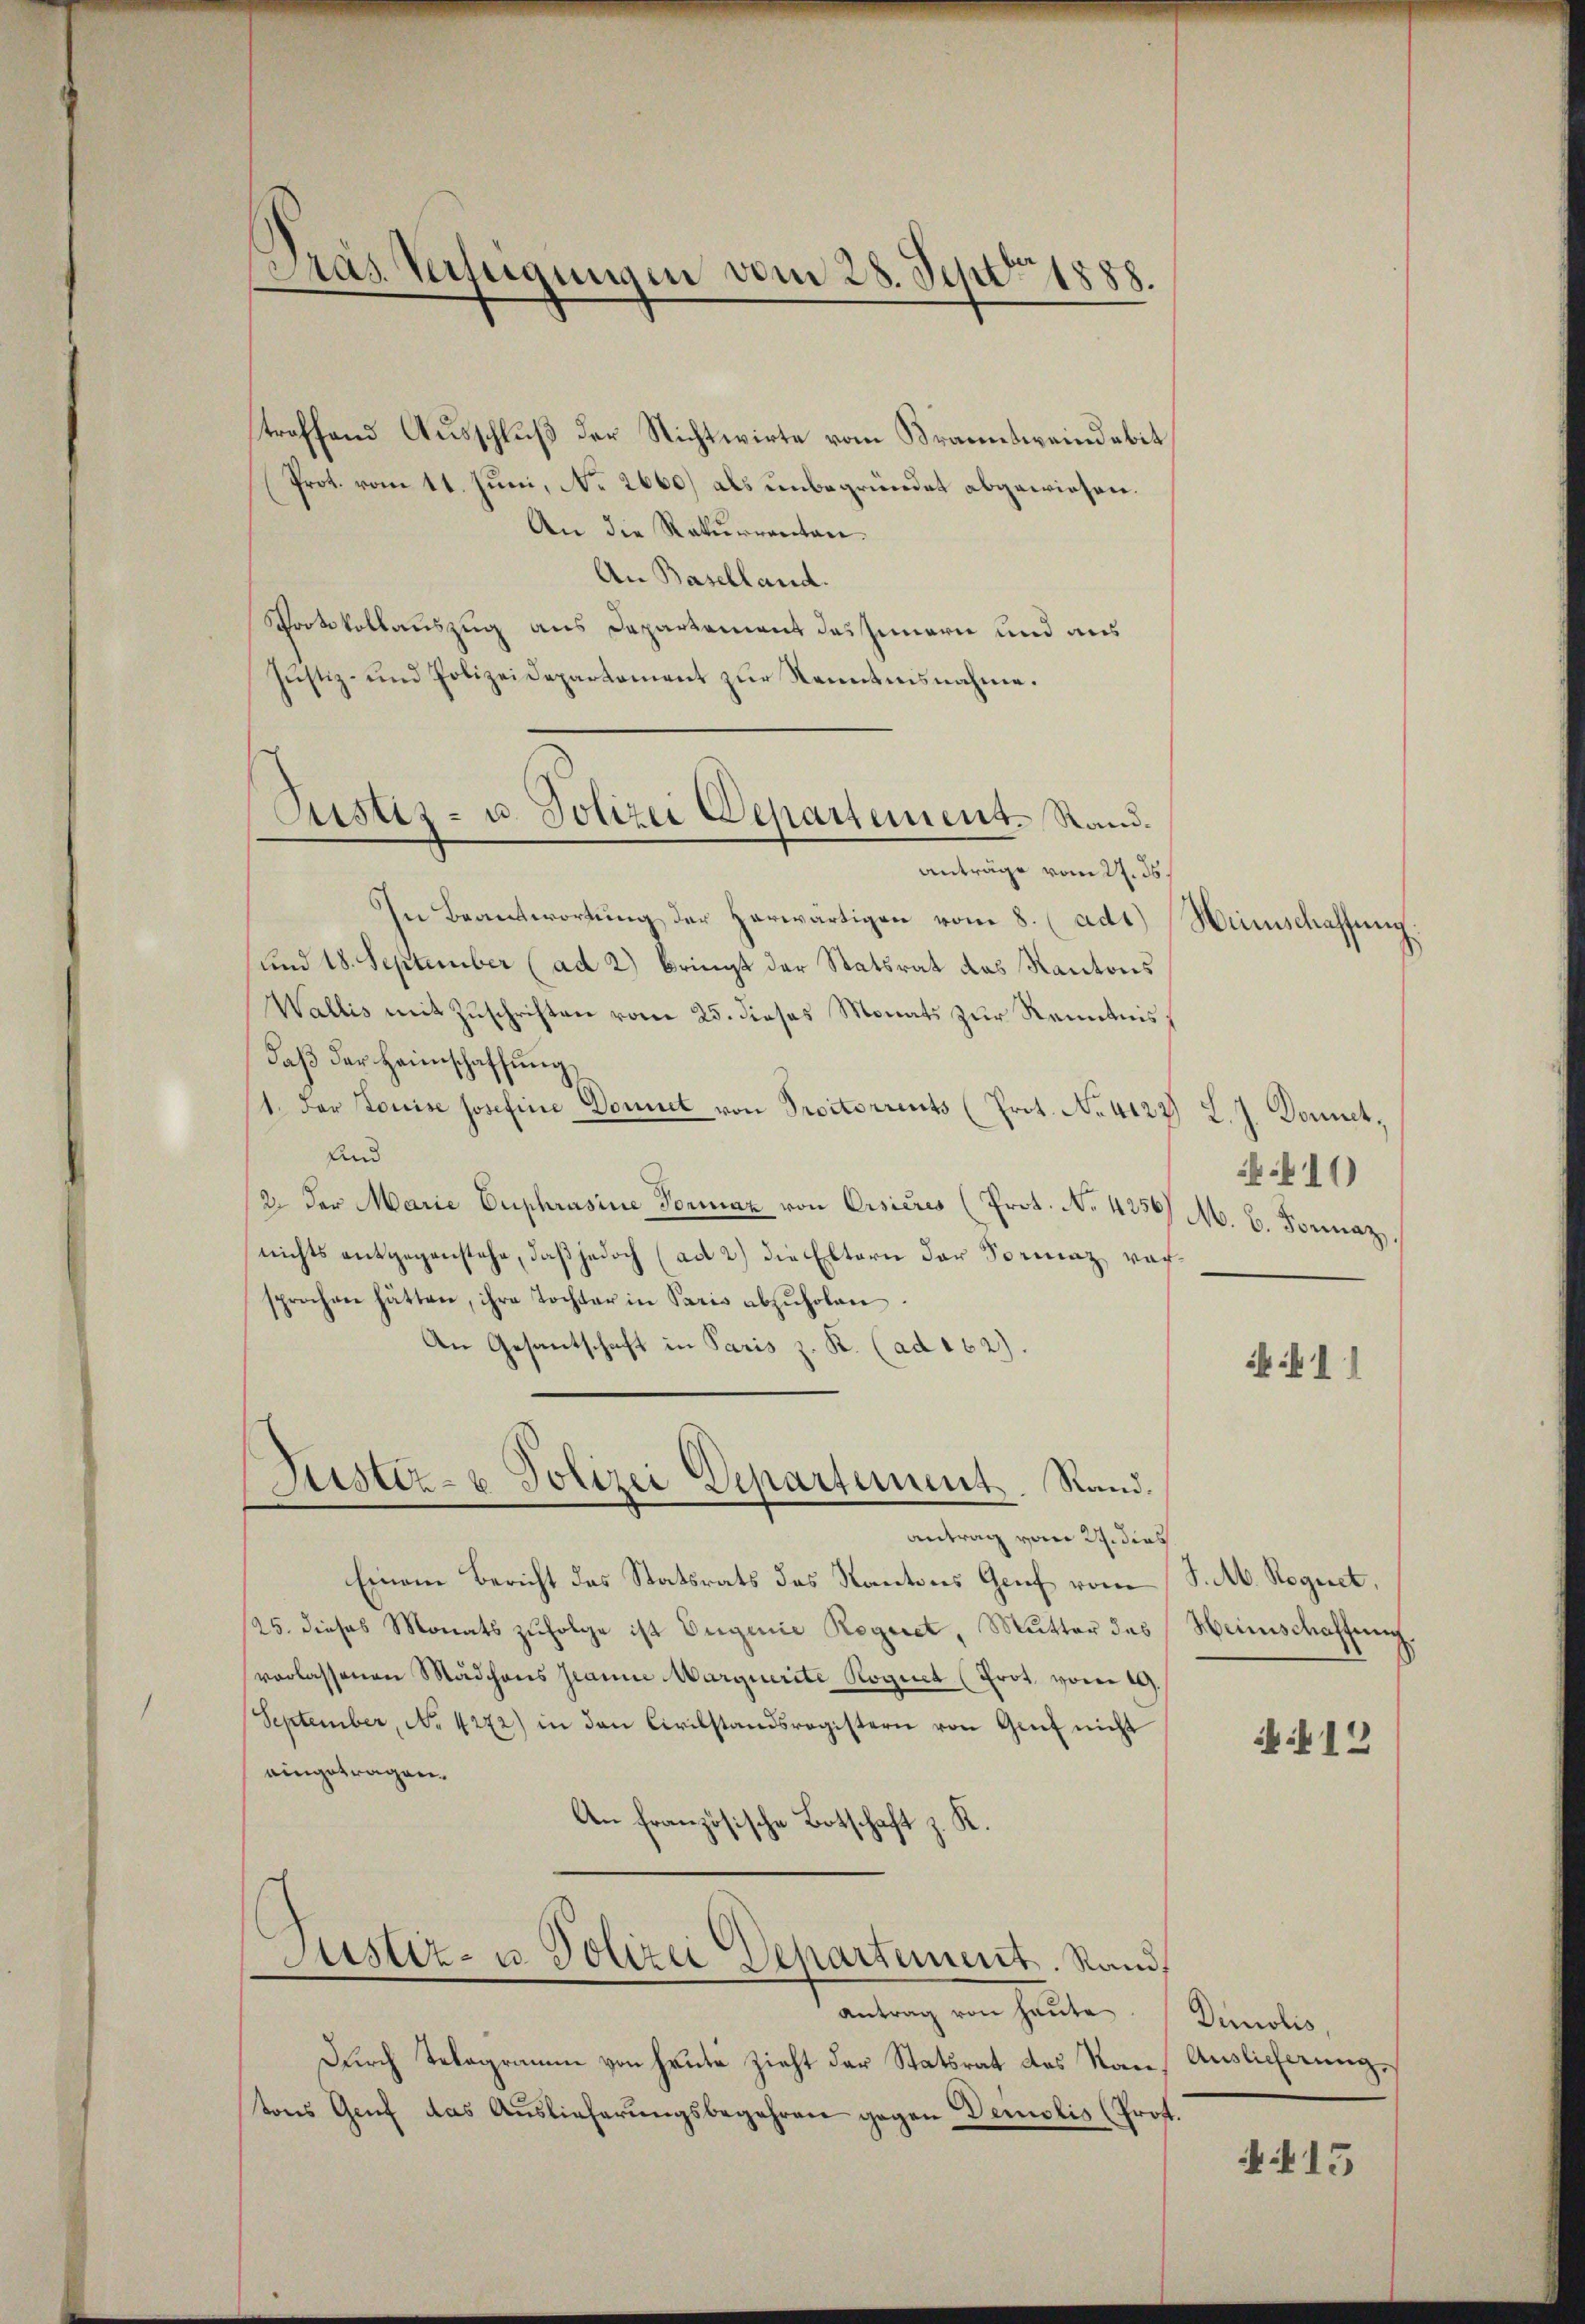
Gras Verfügungen vom 28. Sept 1888.

treffend Ausschluß der Nichtwirte vom Branntweindebit
Prot. vom 11. Juni, No 2660) als unbegründet abgewiesen.
An die Rekurrenten.
An Baselland.
Protokollauszug aus Departement des Innern und aus
Justiz- und Polizeidepartament zŭr Kenntnisnahme.
Anträge vom 27. ds.
In Beantwortung der herwärtigen vom 8. (ad1) Hinschaffung.
und 18. September (ad 2) bringt der Statsrat das Kantons
Wallis mit Zuschriften vom 25. dieses Monats zur Kenntnis,
daß der Heimschaffung
1. Der Louise Josefine Donnet von Protorrents (Prot. No. 4122 L. J. Donnet,
Und
/2. Der Maria Euphrasine Formaz von Cisicus (Prot. No. 4256/ M. B. Sonnaz,
nichts entgegenstehe, daβ jedoch (ad 2) die Eltern der Sormaz versprochen hätten, ihre Tochter in Paris abzŭholen.
An Gesantschaft in Paris z. K. (ad 162).

Justiz- u. Polizei Departement. Sand¬

Justiz- u Polizei Departement. Rand.
Antrag vom 27. dies

Einem Bericht des Statsrats des Kantons Genf vom J. M. Regnet,
/25. dieses Monats zŭfolge ist Eugenie Regeret, Mutter des Heimschaffung
verlassenen Mädchens Granie Marquerite Roguet (Prot. vom 19.
September, No 4272) in den Civilstandsregistern von Genf nicht
eingetragen.
An französische Botschaft z. K.
Justiz- u. Polizei Dehartement. Stand,
antrag von heŭte. Demolis,
Durch Telegramme von heute zieht der Statsrat des Kantons Genf das Auslieferungsbegehren gegen Deinslis (Prof.

411)
 11

412

A 15

Auslicherung,